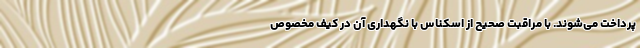
پرداخت می‌شوند. با مراقبت صحیح از اسکناس با نگهداری آن در کیف مخصوص